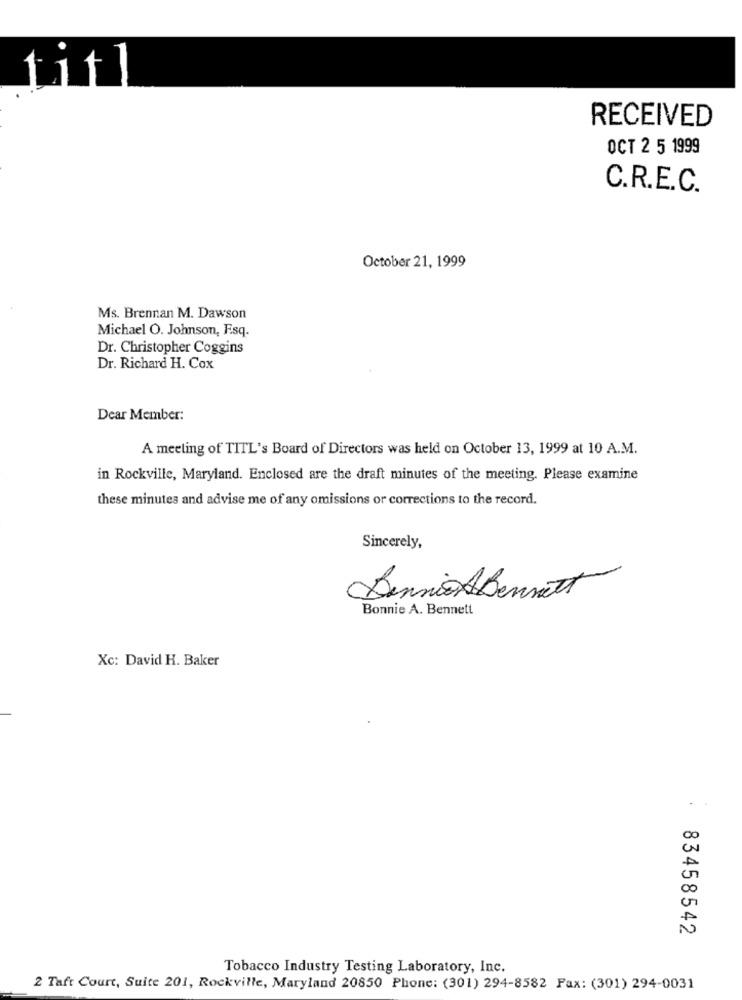
Litl
RECEIVED
OCT 2 5 1999
C.R.E.C.
October 21, 1999
Ms. Brennan M. Dawson
Michael O. Johnson, Esq.
Dr. Christopher Coggins
Dr. Richard H. Cox
Dear Member:
A meeting of TITL's Board of Directors was held on October 13, 1999 at 10 A.M.
in Rockville, Maryland. Enclosed are the draft minutes of the meeting. Please examine
these minutes and advise me of any omissions or corrections to the record.
Sincerely,
Dennis ABennett
Bonnie A. Bennett
Xc: David H. Baker
.
A
00
83458542
Tobacco Industry Testing Laboratory, Inc.
2 Taft Court, Suite 201, Rockville, Maryland 20850 Phone: (301) 294-8582 Fax: (301) 294-0031